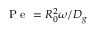
\mathrm { ~ P ~ e ~ } = R _ { 0 } ^ { 2 } \omega / D _ { g }